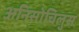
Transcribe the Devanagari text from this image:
अनिसोचिलुस